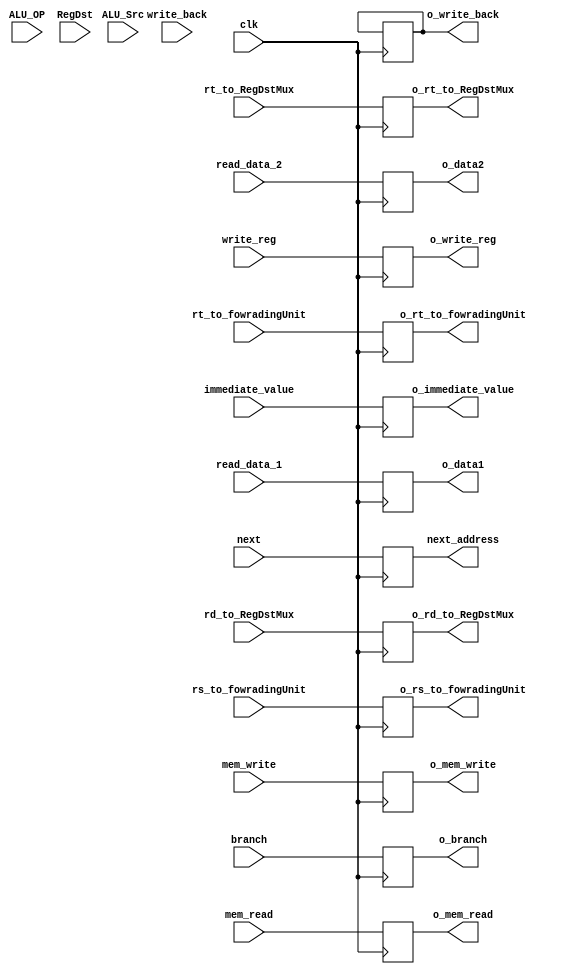

`timescale 1 ns / 1 ps 

// Note : o_anything ----> output 

module ID_EX_PipelineReg (clk,read_data_1,read_data_2,next,immediate_value,ALU_OP,ALU_Src,RegDst,rd_to_RegDstMux,rt_to_RegDstMux,rt_to_fowradingUnit,
	rs_to_fowradingUnit,branch,write_back,mem_read,mem_write,write_reg,o_branch,o_write_back,o_mem_read,o_mem_write,o_write_reg,
	o_immediate_value,next_address,o_rd_to_RegDstMux,o_rt_to_RegDstMux,o_rs_to_fowradingUnit,o_rt_to_fowradingUnit,o_data1,o_data2);
	
	input wire clk ;
	input wire [31:0] read_data_1 ;
	input wire [31:0] read_data_2 ;
	input wire [31:0] next ; // PC+4 comes from IF/ID stage	        
	input wire [31:0] immediate_value ;	
	
	// signals used in Ex stage only ,comes from control unit
	input wire [1:0] ALU_OP	;  // the two signals that decides : add , sub , and ..etc
	input wire ALU_Src ;
	input wire RegDst ;
	
	input wire [4:0] rd_to_RegDstMux ;
	input wire [4:0] rt_to_RegDstMux ;
	input wire [4:0] rt_to_fowradingUnit ;
	input wire [4:0] rs_to_fowradingUnit ; 
	
	// rest of the signals comes from control unit 
	input wire branch ;
	input wire write_back ;	
	input wire mem_read ;
	input wire mem_write ;
	input wire write_reg ; 
	
	output reg o_branch ;
	output reg o_write_back ;	
	output reg o_mem_read ;
	output reg o_mem_write ;
	output reg o_write_reg ; 
	output reg [31:0] o_immediate_value ;
	output reg [31:0] next_address ; 			// PC+4
	output reg [4:0] o_rd_to_RegDstMux ; 		// input to RegDst mux for R-format
	output reg [4:0] o_rt_to_RegDstMux ;		// input for RegDst mux for I-format
	output reg [4:0] o_rs_to_fowradingUnit ;	// input to forwarding unit
	output reg [4:0] o_rt_to_fowradingUnit ;	// input to forwarding unit
	output reg [31:0] o_data1,o_data2 ;
	
	always @ (posedge clk )
		begin
			o_data1<=read_data_1;
			o_data2<=read_data_2;
			o_immediate_value<=immediate_value;
			next_address<=next;
			o_rt_to_RegDstMux<=rt_to_RegDstMux;
			o_rd_to_RegDstMux<=rd_to_RegDstMux;
			o_rs_to_fowradingUnit<=rs_to_fowradingUnit;
			o_rt_to_fowradingUnit<=rt_to_fowradingUnit;
		    o_branch<=branch ;
			o_write_back<=o_write_back ;	
			o_mem_read<=mem_read ;
			o_mem_write<=mem_write ;
			o_write_reg<=write_reg ; 
		end	
											   
endmodule